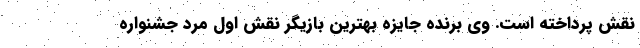
نقش پرداخته است. وی برنده جایزه بهترین بازیگر نقش اول مرد جشنواره